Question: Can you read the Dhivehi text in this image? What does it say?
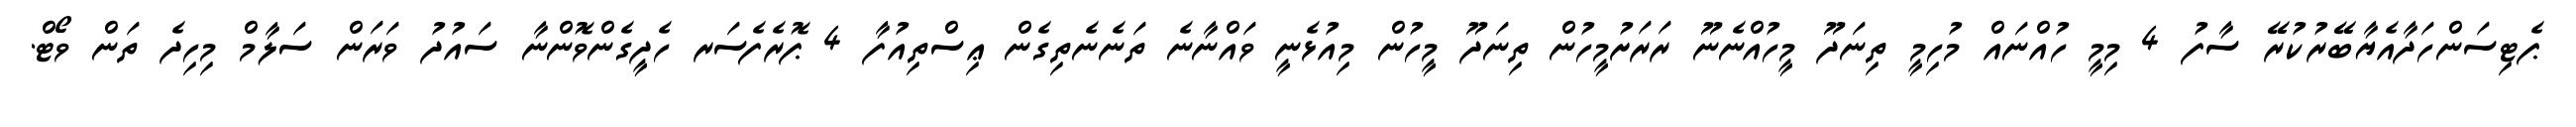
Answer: ޕެޓިސަންހަދާއެޔާބޭރުކުރޭ ސާފު 4 މިމީ ހުއްނައް މުހިމީ ތިނަދޫ މީހުއްނެނޫ ރަރަށުމީހުން ތިނަދޫ މީހުން މިއުޅެނީ ވައްނާނެ ތަނެނެތިގެން ޢިސްތިއުފާ 4 ޕޮރެފެސަރ ހެދީގެންވޮންނާ ސައުދު ވަރަން ސަލާމް މިހިދެ ތަން ވޯޓް.